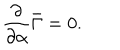
{ \frac { \partial } { \partial \alpha } } \bar { \Gamma } = 0 .